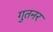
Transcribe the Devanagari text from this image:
गुतनर